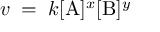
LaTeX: v \; = \; k [ \mathrm { A } ] ^ { x } [ \mathrm { B } ] ^ { y }